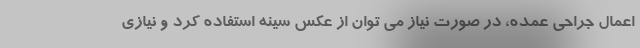
اعمال جراحی عمده، در صورت نیاز می توان از عکس سینه استفاده کرد و نیازی